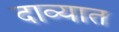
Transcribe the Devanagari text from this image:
दाव्यात